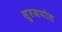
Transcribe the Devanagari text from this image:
सुरजपोल